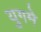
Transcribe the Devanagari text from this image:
युगमे